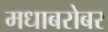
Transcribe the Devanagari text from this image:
मधाबरोबर